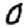
Digit: 0